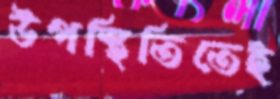
উপস্থিতিতেই